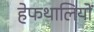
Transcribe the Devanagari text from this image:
हेफथालियों